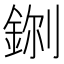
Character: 𮡼